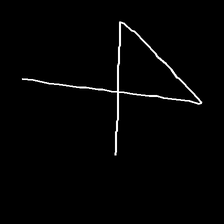
Glyph: collection